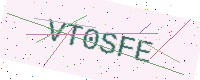
Text: VT0SFE